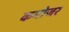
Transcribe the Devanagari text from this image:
कमोजर